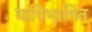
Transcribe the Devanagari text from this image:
ऋषिभाषित